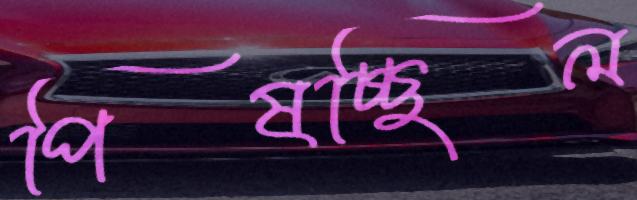
পিষচ্ছিল